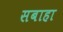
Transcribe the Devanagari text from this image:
सबाहा